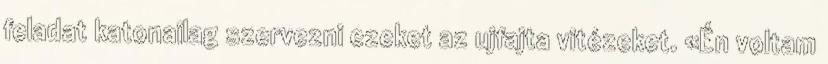
feladat katonailag szervezni ezeket az ujfajta vitézeket. «Én voltam